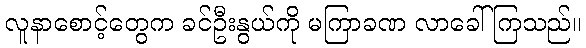
လူနာစောင့်တွေက ခင်ဦးနွယ်ကို မကြာခဏ လာခေါ်ကြသည်။